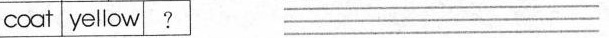
coat yellow? ___